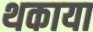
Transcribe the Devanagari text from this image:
थकाया